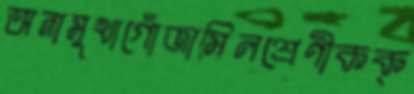
অনামুখাগোঁজামিলশ্রেণীকক্